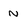
Character: N